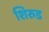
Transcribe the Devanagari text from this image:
शिरुड